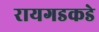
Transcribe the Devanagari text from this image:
रायगडकडे